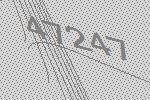
47247